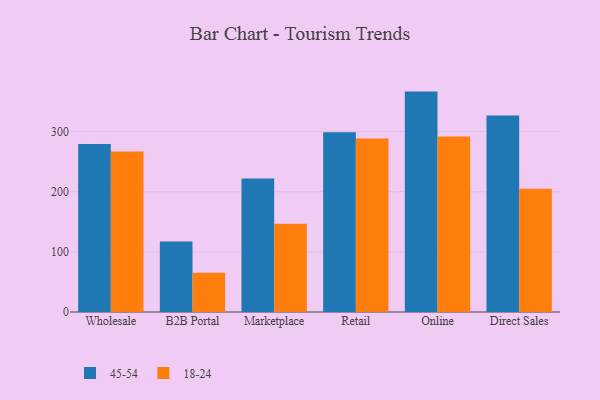
{"axis": {"x": "Channel", "y": "Churn Rate (%)"}, "legend": ["18-24", "45-54"], "data": [{"x": "Wholesale", "y": 279.5, "type": "45-54"}, {"x": "Wholesale", "y": 267.1, "type": "18-24"}, {"x": "B2B Portal", "y": 117.4, "type": "45-54"}, {"x": "B2B Portal", "y": 65.3, "type": "18-24"}, {"x": "Marketplace", "y": 222.2, "type": "45-54"}, {"x": "Marketplace", "y": 146.7, "type": "18-24"}, {"x": "Retail", "y": 298.7, "type": "45-54"}, {"x": "Retail", "y": 288.7, "type": "18-24"}, {"x": "Online", "y": 366.5, "type": "45-54"}, {"x": "Online", "y": 291.9, "type": "18-24"}, {"x": "Direct Sales", "y": 326.6, "type": "45-54"}, {"x": "Direct Sales", "y": 205.0, "type": "18-24"}]}